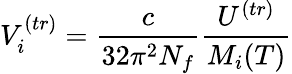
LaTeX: V_{i}^{(tr)}=\frac{c}{32\pi^{2}N_{f}}\frac{U^{(tr)}}{M_{i}(T)}